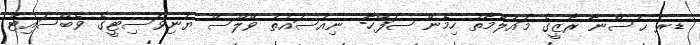
ޑރ ޙުސްނާ ރާޒީގެ މައުލޫމާތު ހިމެނޭ ޞަފްހާ- ނިއުސައުތު ވޭލްސް ޔުނިވަސިޓީގެ ވެބްސައިޓް